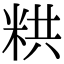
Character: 粠